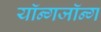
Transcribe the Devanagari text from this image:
यॉन्गजॉन्ग